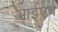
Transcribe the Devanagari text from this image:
आईएच